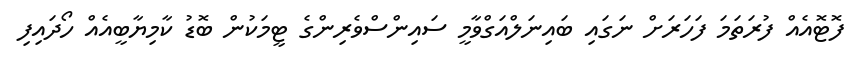
ފޮޓޮއެއް ފުރަތަމަ ފަހަރަށް ނަގައި ބައިނަލްއަގްވާމީ ސައިންސްވެރިންގެ ޓީމަކުން ބޮޑު ކާމިޔާބީއެއް ހޯދައިފި